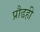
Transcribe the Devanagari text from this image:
प्रौढही